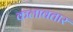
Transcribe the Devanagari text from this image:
कलावतार